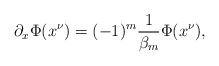
\begin{align*}\partial_{x}\Phi(x^{\nu})=(-1)^{m}\frac{1}{\beta_{m}}\Phi(x^{\nu}),\end{align*}